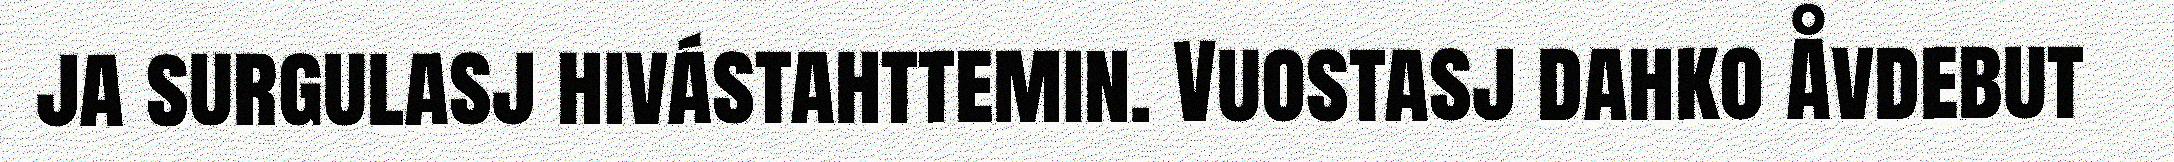
ja surgulasj hivástahttemin. Vuostasj dahko Åvdebut